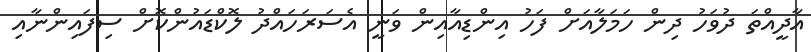
އާދީއްތަ ދުވަހު ދިން ހަމަލާއަށް ފަހު އިންޑިއާއިން ވަނީ އެސަރަހައްދު ލޮކްޑައުންކޮށް ސިފައިންނާއި